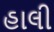
હાલી